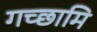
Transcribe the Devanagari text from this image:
गच्छामि